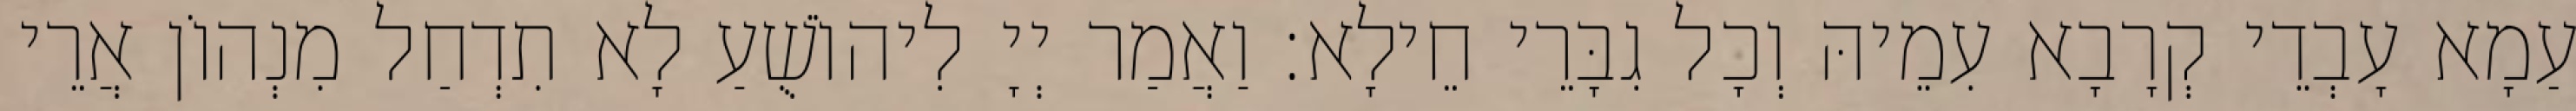
עַמָא עָבְדֵי קְרָבָא עִמֵיהּ וְכָל גִבָּרֵי חֵילָא׃ וַאֲמַר יְיָ לִיהוֹשֻׁעַ לָא תִדְחַל מִנְהוֹן אֲרֵי